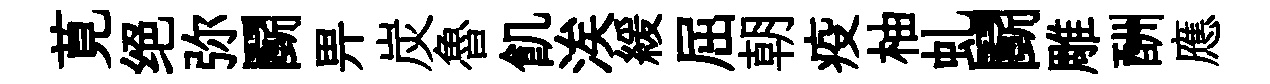
莧绝弥鬬畀炭魯飢涘緩屈朝疫柚虬鬬雕酬應